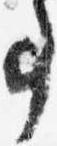
事